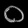
Digit: ၀